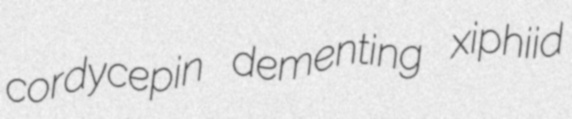
cordycepin dementing xiphiid